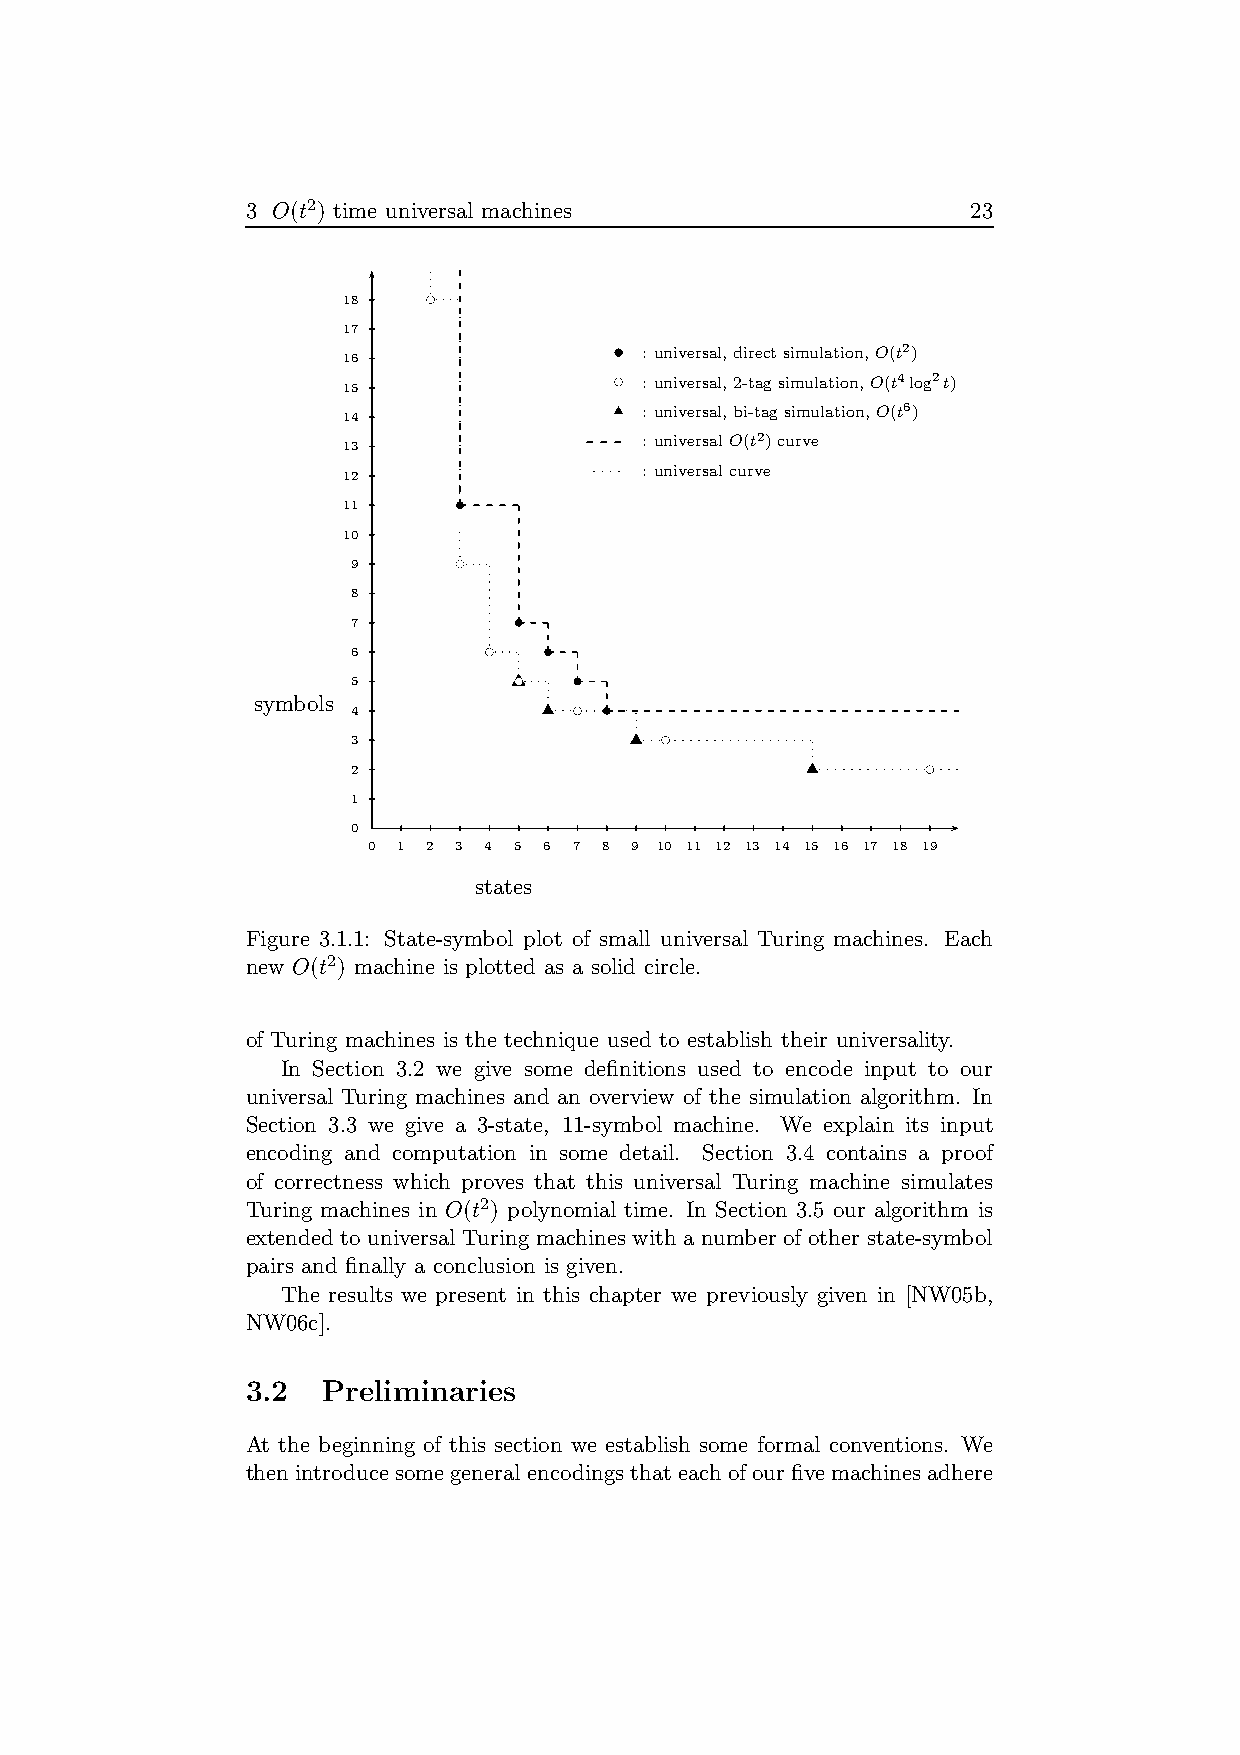
3 O(t2) time universal machines                 23
 18   bc
 17
 16                b : universal,directsimulation,O(t2)
 15                bc : universal,2-tagsimulation,O(t4log2t)
 14                u : universal,bi-tagsimulation,O(t6)
 : universalO(t2)curve
 13
 : universalcurve
 12
 11     b
 10
 9      bc
 8
 7          b
 6        bc  b
 5          bcu b
 symbols
 4            u bc b
 3                  u bc
 2                              u       bc
 1
 0
 0 1 2 3 4 5 6 7 8 9 10 11 12 13 14 15 16 17 18 19
 states
 Figure 3.1.1: State-symbol plot of small universal Turing machines. Each
 new O(t2) machine is plotted as a solid circle.
 of Turing machines is the technique used to establish their universality.
 In Section 3.2 we give some definitions used to encode input to our
 universal Turing machines and an overview of the simulation algorithm. In
 Section 3.3 we give a 3-state, 11-symbol machine. We explain its input
 encoding and computation in some detail. Section 3.4 contains a proof
 of correctness which proves that this universal Turing machine simulates
 Turing machines in O(t2) polynomial time. In Section 3.5 our algorithm is
 extended to universal Turing machines with a number of other state-symbol
 pairs and finally a conclusion is given.
 The results we present in this chapter we previously given in [NW05b,
 NW06c].
 3.2  Preliminaries
 At the beginning of this section we establish some formal conventions. We
 thenintroducesomegeneralencodingsthateach ofourfivemachines adhere